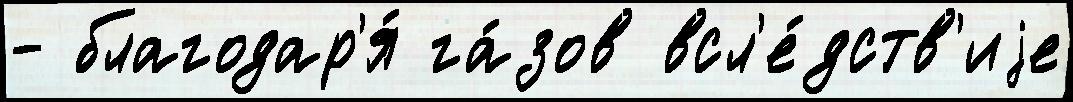
- благодар'я́ га́зов всл'е́дств'иjе